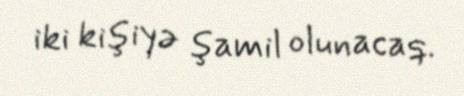
iki kişiyə şamil olunacaq.